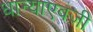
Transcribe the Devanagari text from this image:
धान्याएवजी